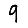
Digit: 9